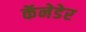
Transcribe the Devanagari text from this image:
कॅनेडेर